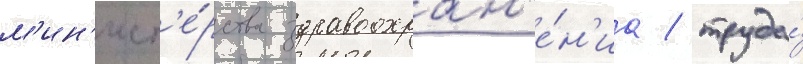
м'ин'ист'е́рства здравоохран'е́н'иа / труда́